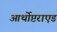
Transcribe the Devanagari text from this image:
आर्थोप्टराएड